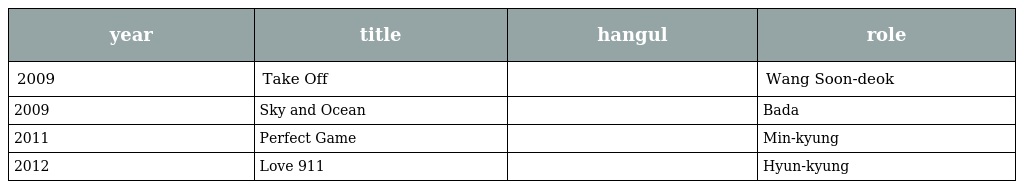
| year | title | hangul | role |
 | --- | --- | --- | --- |
 | 2009 | Take Off | 국가대표 | Wang Soon-deok |
 | 2009 | Sky and Ocean | 하늘과 바다 | Bada |
 | 2011 | Perfect Game | 퍼펙트 게임 | Min-kyung |
 | 2012 | Love 911 | 반창꼬 | Hyun-kyung |